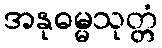
အနုဓမ္မသုတ္တံ